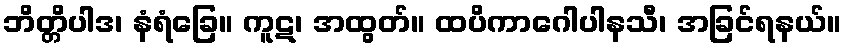
ဘိတ္တိပါဒ၊ နံရံခြေ။ ကူဋ၊ အထွတ်။ ထပိကာဂေါပါနသီ၊ အခြင်ရနယ်။